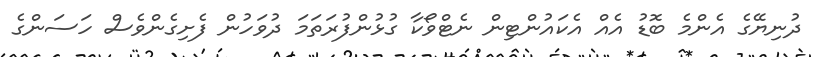
ދުނިޔޭގެ އެންމެ ބޮޑު އެއް އެކައުންޓިން ނެޓްވޯކާ ގުޅުންފުރަތަމަ ދުވަހުން ފެށިގެންވެސް ހަސަންގެ